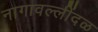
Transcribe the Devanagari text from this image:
नागावल्लींदळ